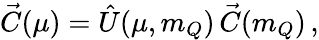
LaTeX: \vec{C}(\mu)=\hat{U}(\mu,m_{Q})\, \vec{C}(m_{Q})\, ,